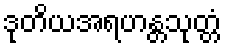
ဒုတိယအရဟန္တသုတ္တံ